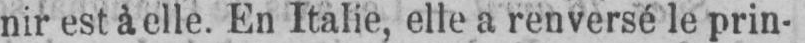
nir est à elle. En Italie, elle a renversé le prin-